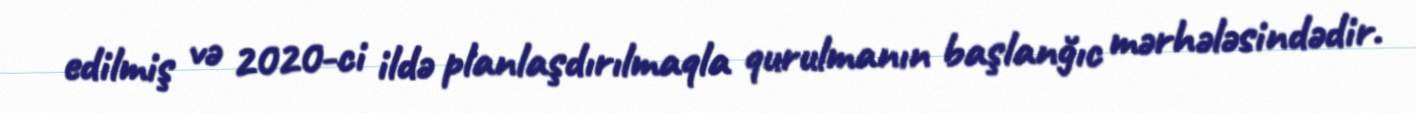
edilmiş və 2020-ci ildə planlaşdırılmaqla qurulmanın başlanğıc mərhələsindədir.